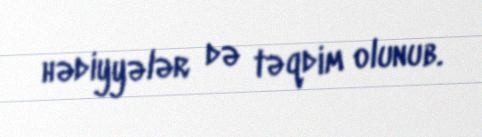
hədiyyələr də təqdim olunub.